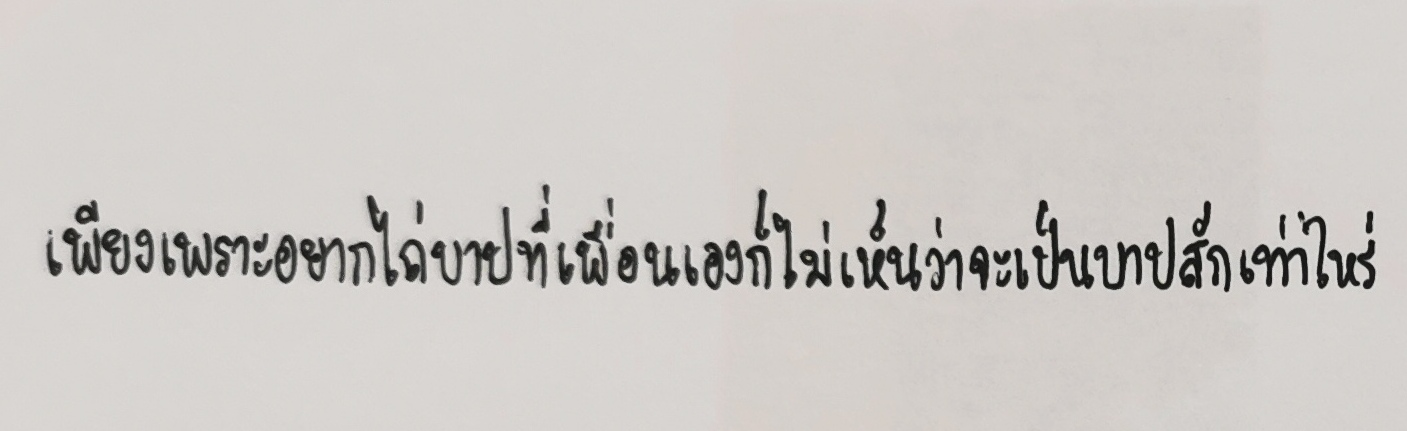
เพียงเพราะอยากไถ่บาปที่เพื่อนเองก็ไม่เห็นว่าจะเป็นบาปสักเท่าไร